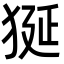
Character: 狿